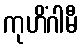
ကုဟိံဂါမီ